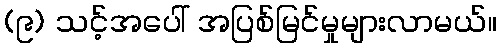
(၉) သင့်အပေါ် အပြစ်မြင်မှုများလာမယ်။